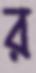
র